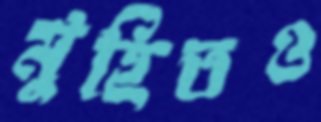
মুহিতও